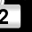
Digit: 2